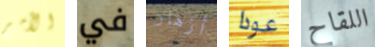
الأمر في أزهار عودا اللقاح